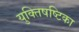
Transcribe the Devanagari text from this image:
युक्तिषष्टिका